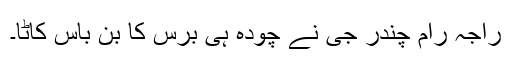
راجہ رام چندر جی نے چودہ ہی برس کا بن باس کاٹا۔